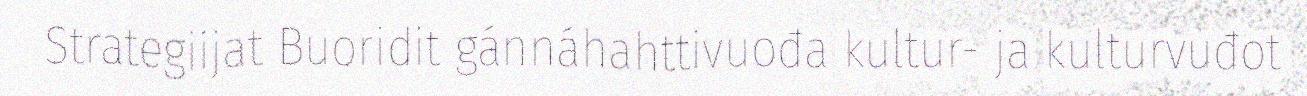
Strategiijat Buoridit gánnáhahttivuođa kultur- ja kulturvuđot